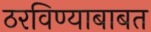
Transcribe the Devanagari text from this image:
ठरविण्याबाबत